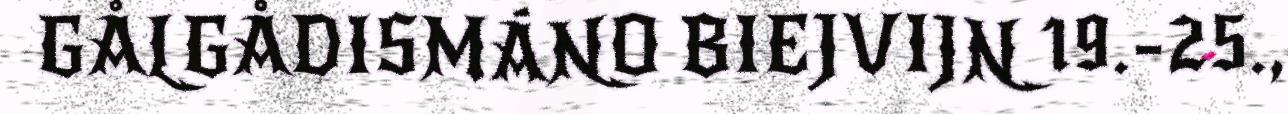
GÅLGÅDISMÁNO BIEJVIJN 19.-25.,